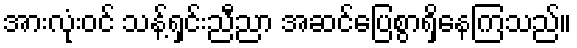
အားလုံးဝင် သန့်ရှင်းညီညာ အဆင်ပြေစွာရှိနေကြသည်။